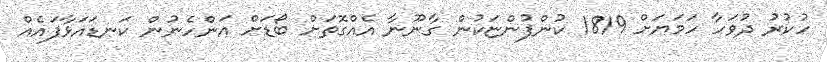
ހުކުރު ދުވަހާ ހަމަޔަށް 1819 ކުންފުންޏަކުން ގާނޫނާ އެއްގޮތަށް ބޯޑަށް އަންހެނުން ކަނޑައަޅާފައެއް